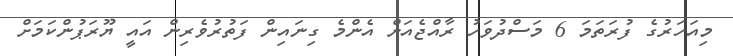
މިއަހަރުގެ ފުރަތަމަ 6 މަސްދުވަހު ރާއްޖެއަށް އެންމެ ގިނައިން ފަތުރުވެރިން އައީ ޔޫރަޕުންކަމަށް